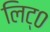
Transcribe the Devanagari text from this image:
लिट्०